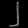
Digit: ၂